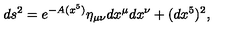
d s ^ { 2 } = e ^ { - A ( x ^ { 5 } ) } \eta _ { \mu \nu } d x ^ { \mu } d x ^ { \nu } + ( d x ^ { 5 } ) ^ { 2 } ,